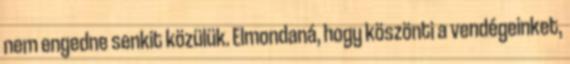
nem engedne senkit közülük. Elmondaná, hogy köszönti a vendégeinket,